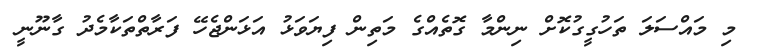
މި މައްސަލަ ތަހުގީގުކޮށް ނިންމާ ގޮތެއްގެ މަތިން ފިޔަވަޅު އަޅަންޖެހޭ ފަރާތްތަކާމެދު ގާނޫނީ